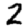
Digit: 2